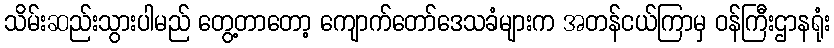
သိမ်းဆည်းသွားပါမည် တွေ့တာတော့ ကျောက်တော်ဒေသခံများက အတန်ငယ်ကြာမှ ဝန်ကြီးဌာနရုံး